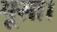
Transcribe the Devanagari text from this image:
मूसा।